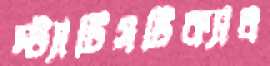
স্ট্যাটিসটিক্যাল